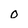
Character: o